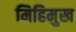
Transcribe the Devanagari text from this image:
मिहिमुख